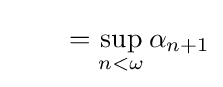
\qquad =\sup _{n<\omega }\alpha _{n+1}